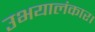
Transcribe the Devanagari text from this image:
उभयालंकार।